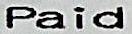
PAID